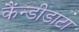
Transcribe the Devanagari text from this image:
कैंन्डीडाटा